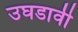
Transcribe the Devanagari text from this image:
उघडावी